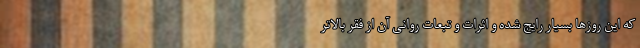
که این روزها بسیار رایج شده و اثرات و تبعات روانی آن از فقر بالاتر